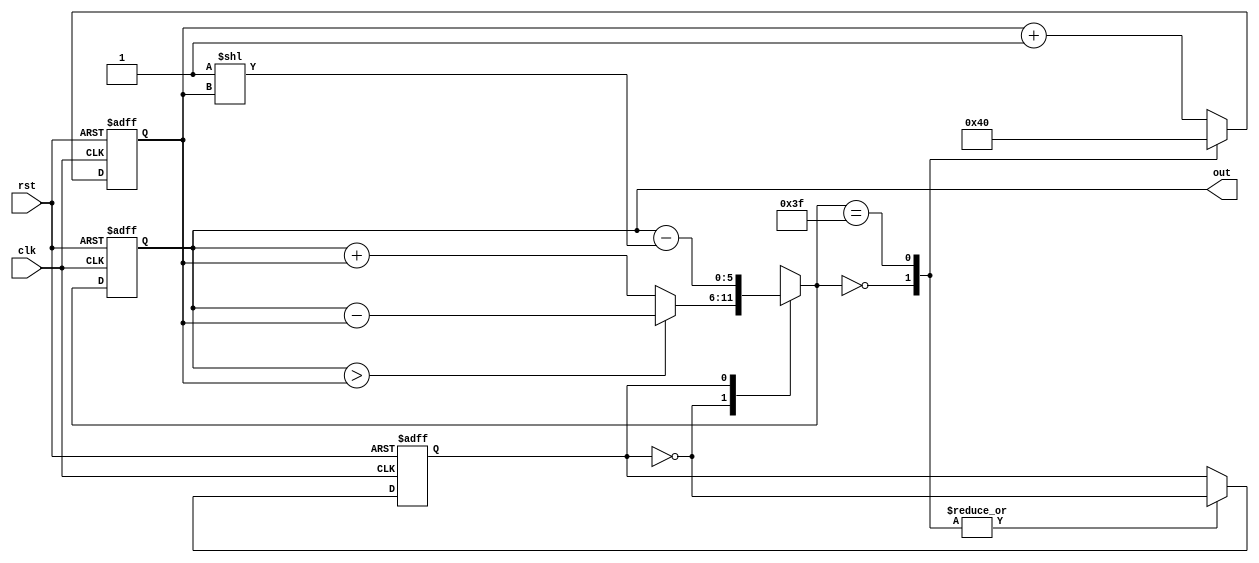
`timescale 1ns / 1ps

module lab2_1(
    input clk,
    input rst,
    output reg [5:0] out);

    reg dir, next_dir; // 0 for upward, 1 for downward
    reg [5:0] n, next_n, next_out;
    
    always @(posedge clk, posedge rst) begin
        if(rst==1'b1) begin
            dir <= 1'b0;
            n <= 6'd1;
            out <= 6'd0;
        end else begin 
            dir <= next_dir;
            n <= next_n;
            out <= next_out;
        end    
    end

    always @* begin
        case(next_out)
        6'd0: begin
            next_dir = ~dir;
            next_n = 6'd1;
        end
        6'd63: begin
            next_dir = ~dir;
            next_n = 6'd0;
        end
        default: begin
            next_dir = dir;
            next_n = n + 6'd1;
        end
        endcase
    end
    
    always @* begin
        case(dir)
            1'b0: begin
                if(out>n) next_out = out - n; 
                else next_out = out + n;
            end
            1'b1: begin
                next_out = out - 2**n;
            end
        endcase
    end
    
endmodule